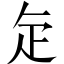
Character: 𭻾